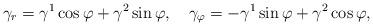
LaTeX: \begin{align*}\gamma_{r} = \gamma^{1}\cos\varphi + \gamma^{2}\sin\varphi,\quad\gamma_{\varphi} = -\gamma^{1}\sin\varphi + \gamma^{2}\cos\varphi ,\end{align*}